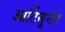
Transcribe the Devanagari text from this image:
आर्टिसुनेट